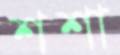
শশা